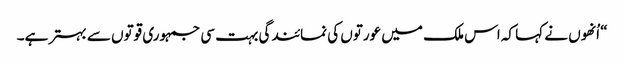
“ اُنھوں نے کہا کہ اس ملک میں عورتوں کی نمائندگی بہت سی جمہوری قوتوں سے بہتر ہے۔